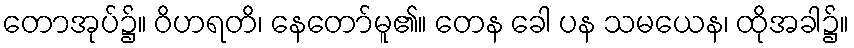
တောအုပ်၌။ ဝိဟရတိ၊ နေတော်မူ၏။ တေန ခေါ ပန သမယေန၊ ထိုအခါ၌။